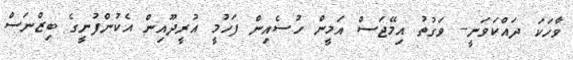
ވާހަކަ ދައްކަވަނީ-- ވަގުތު އިމޭޖަސް އަމީން ހުސެއިން ފަހުމީ އުރީދޫއިން އެކުންފުނީގެ ބިޒްނަސް